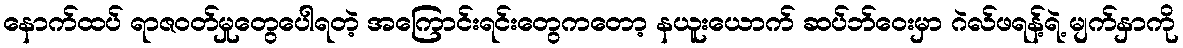
နောက်ထပ် ရာဇဝတ်မှုတွေပေါရတဲ့ အကြောင်းရင်းတွေကတော့ နယူးယောက် ဆပ်ဘ်ဝေးမှာ ဂဲလ်ဖရန့်ရဲ့ မျက်နှာကို